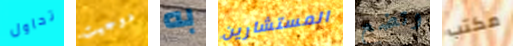
تحاول دوجيت به المستشارين وتضع مكتب